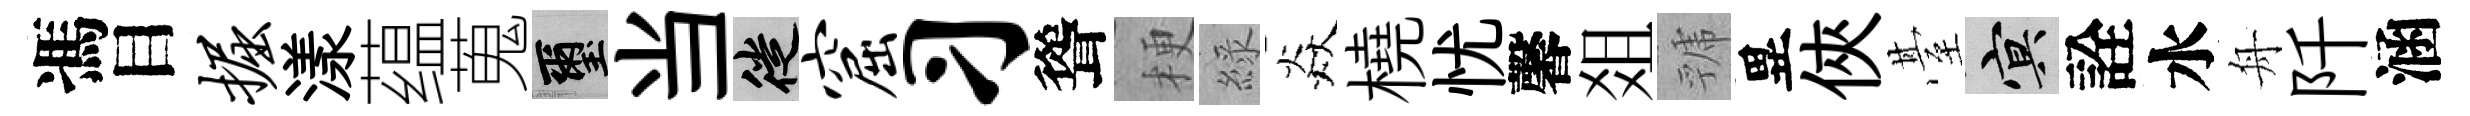
馮目掘漾蕴蒐璽当徙窟习聳梗綠焱橈忧馨爼虢異俠䑓冥詮水舟阡涵